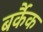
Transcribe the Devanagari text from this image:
बर्कैक